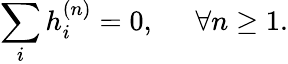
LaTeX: \sum_{i}{h_{i}^{\left(n\right)}}=0,\; \; \; \; \; \forall n\ge 1.